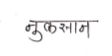
मजकूर: नुकसान